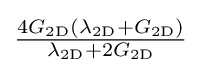
{\tfrac {4G_{\mathrm {2D} }(\lambda _{\mathrm {2D} }+G_{\mathrm {2D} })}{\lambda _{\mathrm {2D} }+2G_{\mathrm {2D} }}}